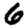
Digit: 6